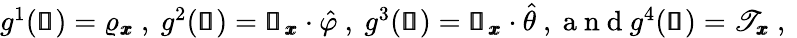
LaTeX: \begin{array}{r}{g^{1}(\pmb{\mathscr{s}})=\varrho_{\pmb{x}}\mathrm{~,~}g^{2}(\pmb{\mathscr{s}})=\pmb{\mathscr{u}}_{\pmb{x}}\cdot\hat{\varphi}\mathrm{~,~}g^{3}(\pmb{\mathscr{s}})=\pmb{\mathscr{u}}_{\pmb{x}}\cdot\hat{\theta}\mathrm{~,~a~n~d~}g^{4}(\pmb{\mathscr{s}})=\mathscr{T}_{\pmb{x}}\mathrm{~,~}}\end{array}